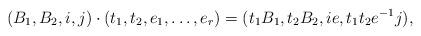
LaTeX: \begin{align*} (B_1,B_2,i,j) \cdot (t_1,t_2,e_1,\dots,e_r) = (t_1 B_1, t_2 B_2, i e, t_1t_2 e^{-1} j),\end{align*}